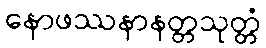
နောဖဿနာနတ္တသုတ္တံ